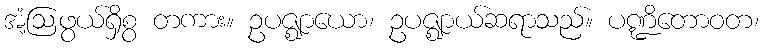
အံ့ဩဖွယ်ရှိစွ တကား။ ဥပဇ္ဈာယော၊ ဥပဇ္ဈာယ်ဆရာသည်။ ပဏ္ဍိတောဝတ၊